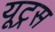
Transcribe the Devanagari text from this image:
यूट्रस